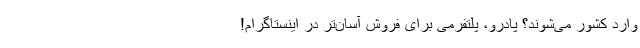
وارد کشور می‌شوند؟ پادرو، پلتفرمی برای فروش آسان‌تر در اینستاگرام!